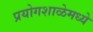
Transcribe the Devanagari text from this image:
प्रयोगशाळेमध्ये